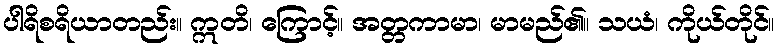
ပါရိစရိယာတည်း။ ဣတိ၊ ကြောင့်။ အတ္တကာမာ၊ မာမည်၏။ သယံ၊ ကိုယ်တိုင်။